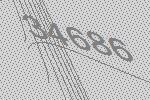
34686